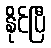
နိုင်ပြီ